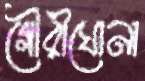
গৌরীঘোনা